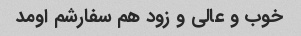
خوب و عالی و زود هم سفارشم اومد